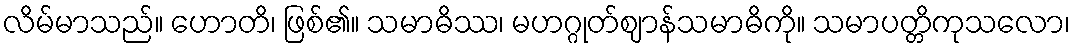
လိမ်မာသည်။ ဟောတိ၊ ဖြစ်၏။ သမာဓိဿ၊ မဟဂ္ဂုတ်ဈာန်သမာဓိကို။ သမာပတ္တိကုသလော၊